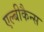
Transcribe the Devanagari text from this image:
एल्बीकैन्स